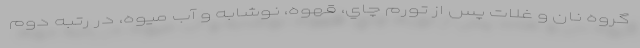
گروه نان و غلات پس از تورم چاي، قهوه، نوشابه و آب ميوه، در رتبه دوم